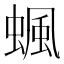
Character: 𧍯